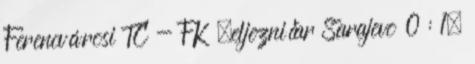
Ferencvárosi TC - FK Željezničar Sarajevo 0 : 1,